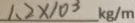
1 . 2 \times 1 0 ^ { 3 } k g / m